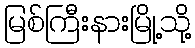
မြစ်ကြီးနားမြို့သို့